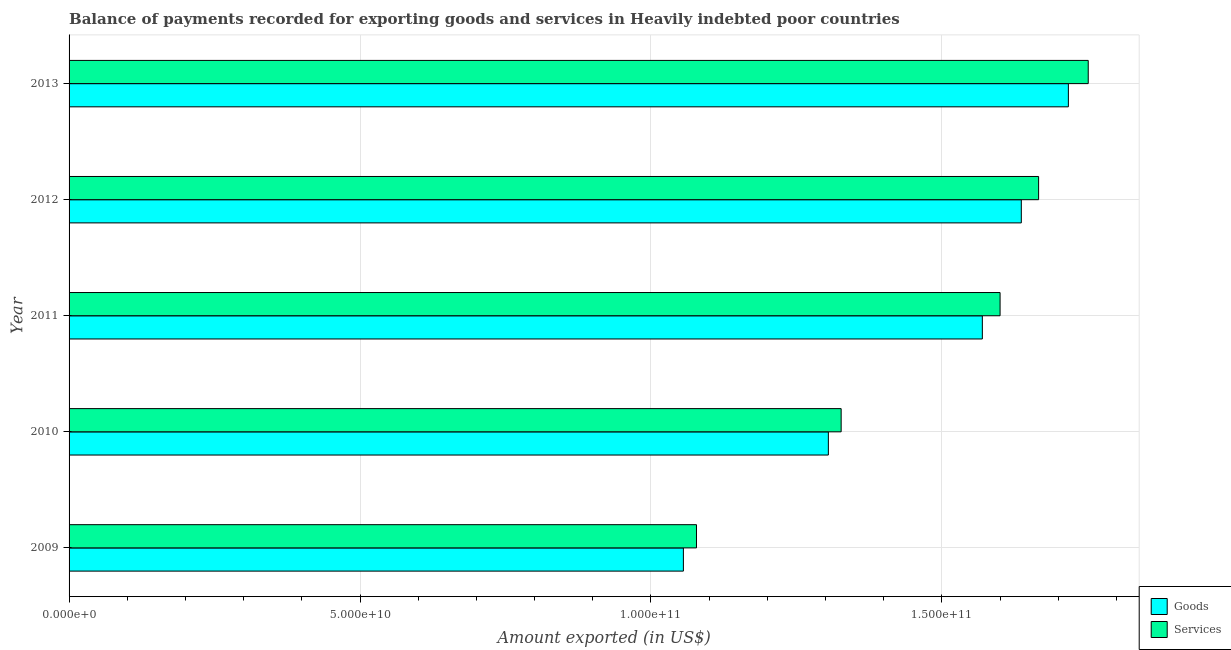
| Year | Goods | Services |
 | --- | --- | --- |
 | 2009 | 1.06e+11 | 1.08e+11 |
 | 2010 | 1.3e+11 | 1.33e+11 |
 | 2011 | 1.57e+11 | 1.6e+11 |
 | 2012 | 1.64e+11 | 1.67e+11 |
 | 2013 | 1.72e+11 | 1.75e+11 |